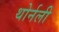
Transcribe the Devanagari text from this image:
थोर्नली